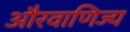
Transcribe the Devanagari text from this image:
औरवाणिज्य